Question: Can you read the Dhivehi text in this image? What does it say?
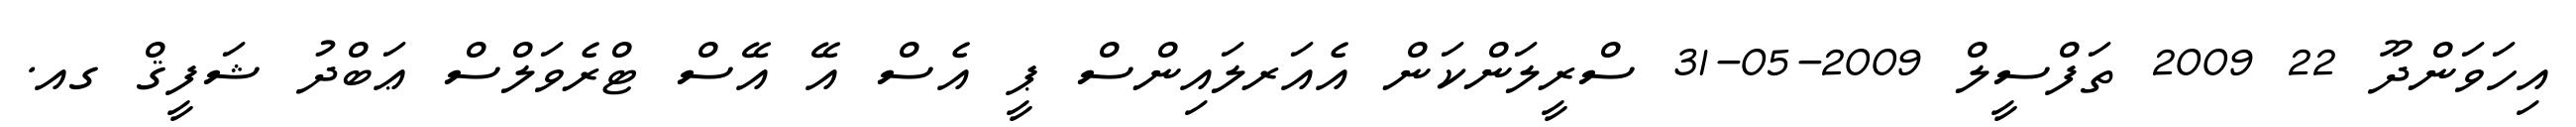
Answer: އިހަވަންދޫ 22 2009 ތަފްސީލް 2009-05-31 ސްރީލަންކަން އެއަރލައިންސް ޕީ އެސް އޭ އޭސް ޓްރެވަލްސް ޢަބްދު ޝަފީޤް ގއ.